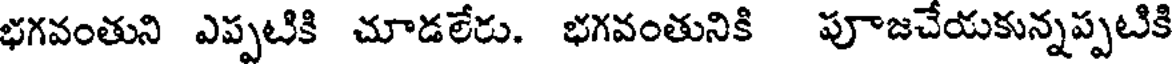
భగవంతుని ఎప్పటికి చూడలేరు. భగవంతునికి పూజచేయకున్నప్పటికి